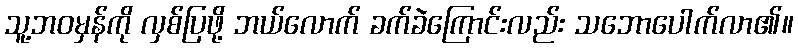
သူ့ဘဝမှန်ကို လှစ်ပြဖို့ ဘယ်လောက် ခက်ခဲကြောင်းလည်း သဘောပေါက်လာ၏။